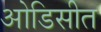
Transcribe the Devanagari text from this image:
ओडिसीत